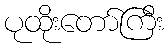
ပုထိုးတော်ကြီး